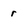
Character: r